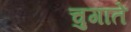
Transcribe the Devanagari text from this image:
चुगाते